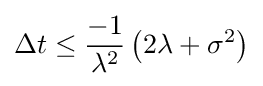
\Delta t\leq {\frac {-1}{\lambda ^{2}}}\left(2\lambda +\sigma ^{2}\right)